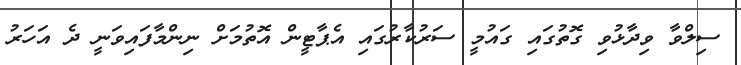
ސިލްވާ ވިދާޅުވި ގޮތުގައި ގައުމީ ސަރުކާރުގައި އެޕާޓީން އޮތުމަށް ނިންމާފައިވަނީ ދެ އަހަރު